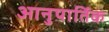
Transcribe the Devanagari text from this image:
आनुपार्तिक